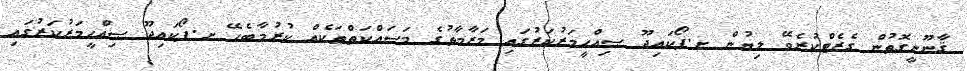
ޤާނޫނީގޮތުން ގެޒެޓްކުރެވޭ ލިޔުން ށ.ފޯކައިދޫ ޞިއްޙީމަރުކަޒުގައި މަރާމާތުގެ މަސައްކަތްތަކެއް ކުރުމާބެހޭ ށ.ފޯކައިދޫ ޞިއްޙީމަރުކަޒުގައި